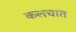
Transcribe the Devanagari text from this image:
कलचात